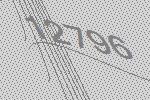
12796